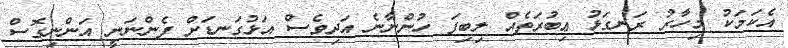
އެކަމަކު މިހާރު ރަނގަޅު ޢިބުރަތެއް ލިބިފަ ހުންނާނެ އަދިވެސް އަޅުގަނޑަށް ފެންނަނީ އަންނިގޮސް